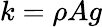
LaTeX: k=\rho Ag